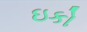
ઇકો